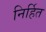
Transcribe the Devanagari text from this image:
निर्हित